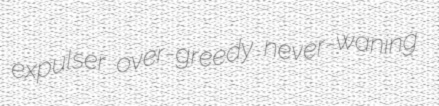
expulser over-greedy never-waning